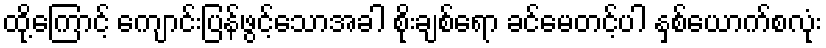
ထို့ကြောင့် ကျောင်းပြန်ဖွင့်သောအခါ စိုးချစ်ရော ခင်မေတင့်ပါ နှစ်ယောက်စလုံး